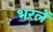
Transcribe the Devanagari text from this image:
भरलें